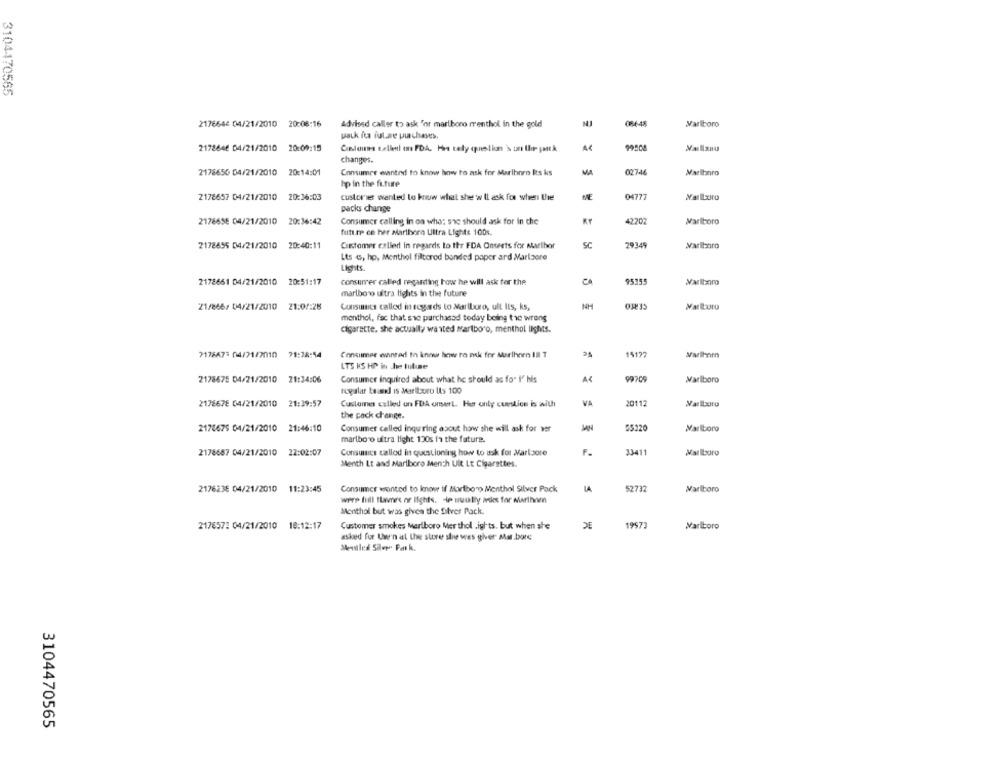
3104470565
2176646 04/21/2010 20:08:16
Advised caller to ask "or marlboro menthol in the gold
Marlboro
2178646 04/21/2010 20:09:15
changes.
2178650 04/21/2010 20:14:01
Consumer wanted to know how to ask for Marlboro Its ks
MA
02748
Marlboro
hp in the future
2178657 04/21/2010
20:36:03
custories wanted to know what she w Il ask for when the
0477
packs change
2176658 04/21/2010 20:36:42
Consumer calling in on who: she should ask for in the
42202
Marlboro
future ce her Marlboro Ultra Lights 100s.
2178655 04/21/2010
20:40:11
29349
Customer called in regards to the FDA Onverts for Marthor
SC
Marlboro
Lts c, hp, Menthol filtered bonded paper ard Marizore
Lights.
2178661 04/21/2010 20:51:17
consumer called regarding how he will ask for the
9575
marlboro ultra lights in the future
21/866/ 04/21/2010 21:0/:28
Consumcs callod in regards to Marlboro, ult Its, ks,
NH
Marlboro
menthol, fac that she purchased today being the wrong
cigarette. she actually waited Marlboro, menthol lights.
7176673 04/21/2010 71:78:54
Consumer wanted to know how to ask for Murthorn III T
1517
LTS KS HP in Je Iutine
2178675 04/21/2010 21:34:06
Consumer inquired about what he should as for i' his
Marlboro
regular brand is Marlboro Us 100
2178678 04/21/2010 21:39:57
Customer called on FDA onserL. Her only cuestice is with
VA
20112
the pack change.
Marlboro
2170675 04/21/2010 21:46:10
Consumer called inquiring about how she will ask for ver
marlboro ultra light 130s fa the future.
2178687 04/21/2010 22:02:07
Consumes callod in questioning how to ask for Marlaore
F.
3341
Menth Lt and Marlboro Mench Ult Lt Cigarettes.
2176238 04/21/2010 11:23:45
Consumer wanted to know if Marlboro Menthol Silver Pack
52737
Marlboro
were full flames of lights. de mustly ados for Marihnen
Menthol but was given the Silver Pack.
217857: 04/21/2010 18:12:17
Customer smokes Marlboro Mer thol .ights. but when she
DE
1997:
Marlboro
asked for Uw'n at the store she wes giver Mar.bore
Mensiledl Silvy Pat k.
3104470565